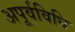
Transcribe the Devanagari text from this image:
अपूर्वविधि